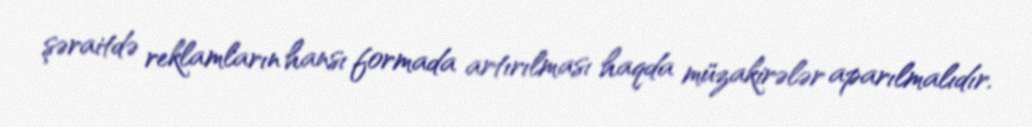
şəraitdə reklamların hansı formada artırılması haqda müzakirələr aparılmalıdır.